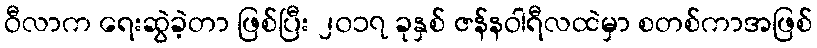
ဝီလာက ရေးဆွဲခဲ့တာ ဖြစ်ပြီး ၂၀၁၇ ခုနှစ် ဇန်နဝါရီလထဲမှာ စတစ်ကာအဖြစ်